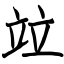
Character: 竝